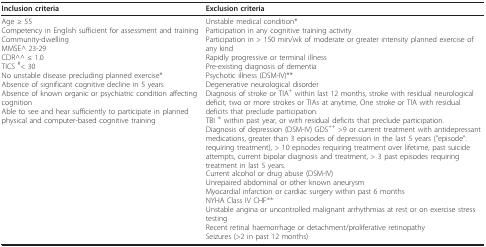
<table><thead><tr><td><b>Inclusion criteria</b></td><td><b>Exclusion criteria</b></td></tr></thead><tbody><tr><td>Age ≥ 55Competency in English sufficient for assessment and trainingCommunity-dwellingMMSE^ 23-29CDR^^ ≤ 1.0TICS <sup>#</sup>&lt; 30No unstable disease precluding planned exercise*Absence of significant cognitive decline in 5 yearsAbsence of known organic or psychiatric condition affecting cognitionAble to see and hear sufficiently to participate in planned physical and computer-based cognitive training</td><td>Unstable medical condition*Participation in any cognitive training activityParticipation in &gt; 150 min/wk of moderate or greater intensity planned exercise of any kindRapidly progressive or terminal illnessPre-existing diagnosis of dementiaPsychotic illness (DSM-IV)**Degenerative neurological disorderDiagnosis of stroke or TIA<sup>+ </sup>within last 12 months, stroke with residual neurological deficit, two or more strokes or TIAs at anytime, One stroke or TIA with residual deficits that preclude participation.TBI <sup>± </sup>within past year, or with residual deficits that preclude participation.Diagnosis of depression (DSM-IV) GDS<sup>++ </sup>&gt;9 or current treatment with antidepressant medications, greater than 3 episodes of depression in the last 5 years (&quot;episode&quot;: requiring treatment), &gt; 10 episodes requiring treatment over lifetime, past suicide attempts, current bipolar diagnosis and treatment, &gt; 3 past episodes requiring treatment in last 5 years.Current alcohol or drug abuse (DSM-IV)Unrepaired abdominal or other known aneurysmMyocardial infarction or cardiac surgery within past 6 monthsNYHA Class IV CHF<sup>±±</sup>Unstable angina or uncontrolled malignant arrhythmias at rest or on exercise stress testingRecent retinal haemorrhage or detachment/proliferative retinopathySeizures (&gt;2 in past 12 months)</td></tr></tbody></table>